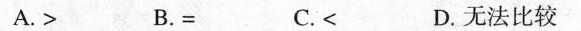
A.> B.= C.< D.无法比较